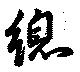
総